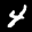
Label: 4